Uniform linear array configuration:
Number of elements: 32
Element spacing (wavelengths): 0.25
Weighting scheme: exponential
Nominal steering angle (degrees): -15
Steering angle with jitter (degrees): -15.057
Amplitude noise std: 0.05
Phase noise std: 0.05

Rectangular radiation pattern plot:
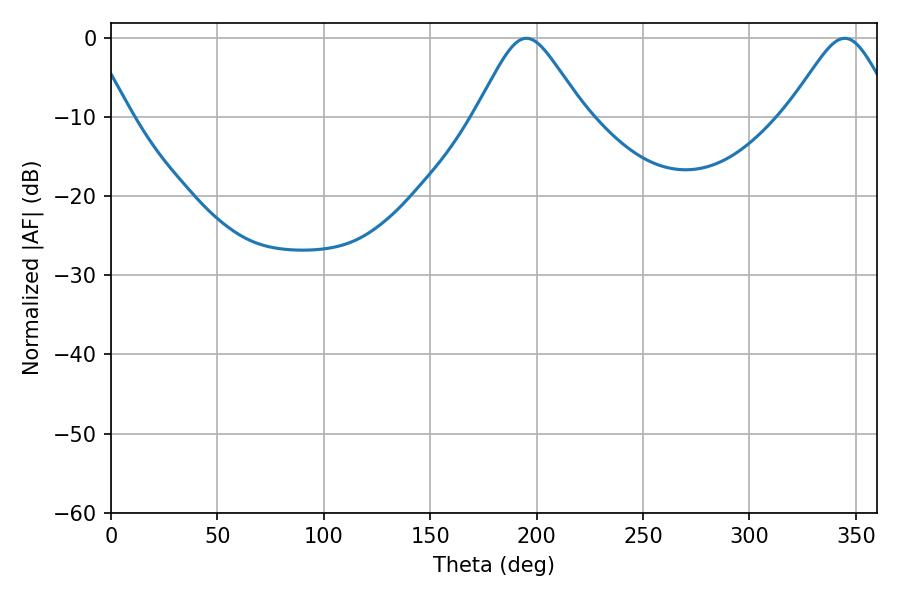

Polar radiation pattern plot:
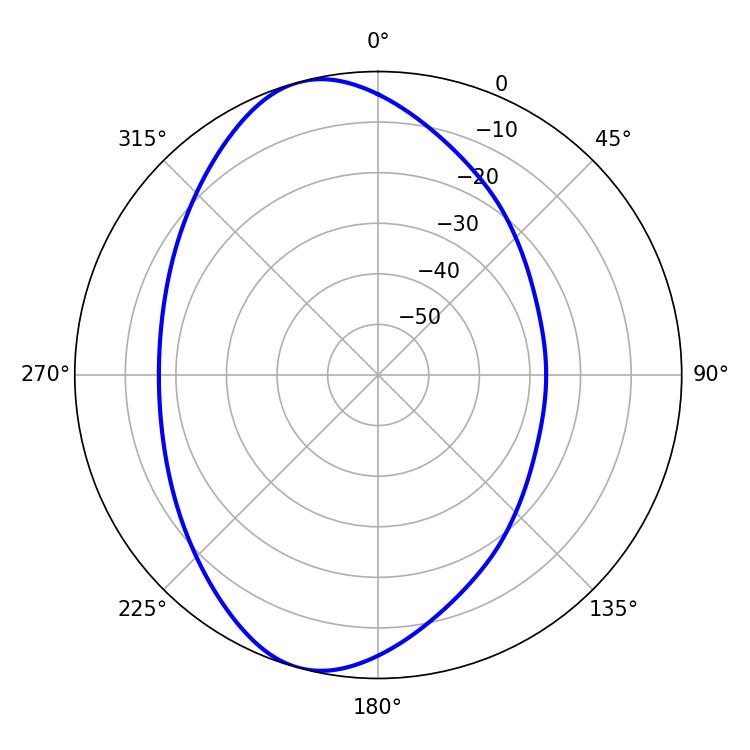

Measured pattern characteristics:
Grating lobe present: FALSE
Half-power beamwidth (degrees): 24.66
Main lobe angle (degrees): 195.3